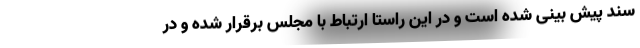
سند پیش بینی شده است و در این راستا ارتباط با مجلس برقرار شده و در